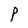
Character: P